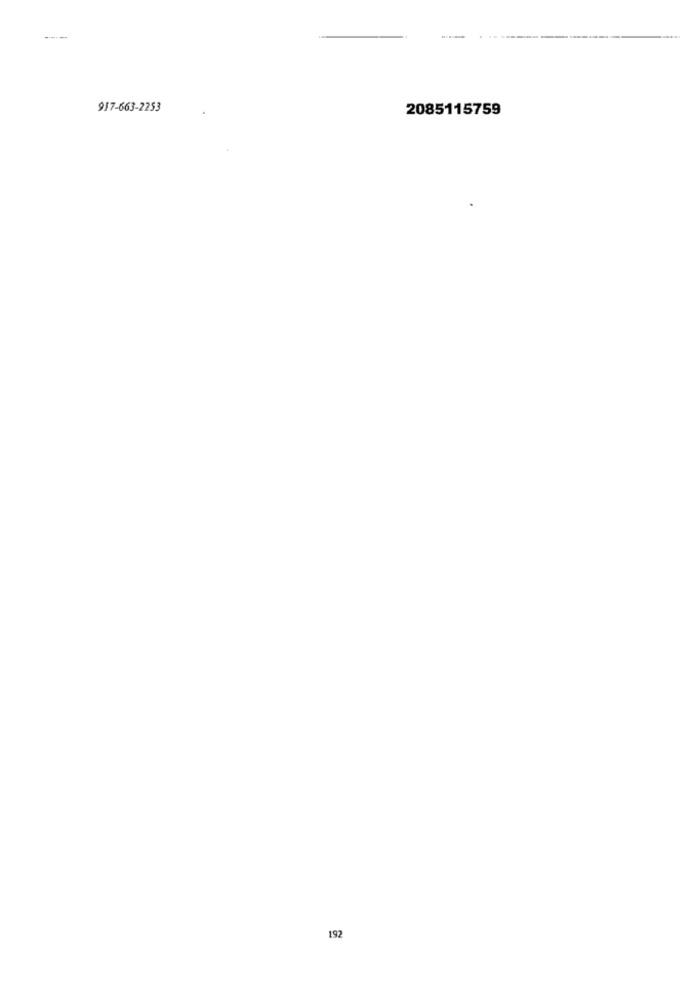
---
--
917-663-2253
2085115759
192